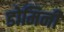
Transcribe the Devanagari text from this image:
डोमिनी